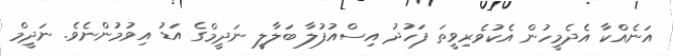
އަނެއްކާ އެދެމީހުން އެކުވެރިވީތަ ފަހުދު އިސްއުފުލާ ބަލާލީ ނަދީމްގެ އަޑު އިވުމުންނެވެ. ނަދީމް